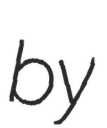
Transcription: by